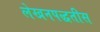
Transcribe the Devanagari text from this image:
लेखनपद्धतीस